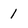
Character: 1